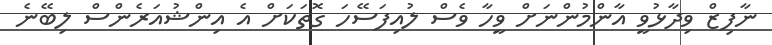
ނާފިޒް ވިދާޅުވީ އާންމުންނަށް ވީހާ ވެސް ލުއިފަސޭހަ ގޮތަކަށް އެ އިންޝުއަރެންސް ލިބޭނެ